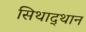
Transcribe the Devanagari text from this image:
सिथाद्थान